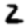
Digit: 2